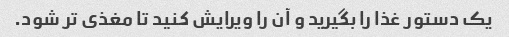
یک دستور غذا را بگیرید و آن را ویرایش کنید تا مغذی تر شود.